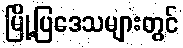
မြို့ပြဒေသများတွင်